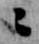
々